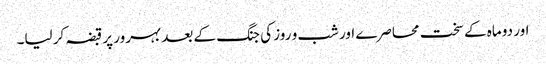
اور دو ماہ کے سخت محاصرے اور شب و روز کی جنگ کے بعد بہرور پر قبضہ کر لیا۔